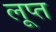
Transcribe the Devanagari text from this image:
लूप्त